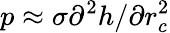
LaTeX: p\approx\sigma\mathrm{{}}{\partial^{2}}h/\partial r_{c}^{2}